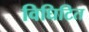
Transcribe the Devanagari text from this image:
विघिटित